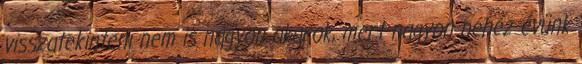
visszatekinteni nem is nagyon akarok, mert nagyon nehéz évünk